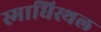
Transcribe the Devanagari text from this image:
स्माधिस्थल